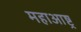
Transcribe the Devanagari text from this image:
महाआष्ट्र